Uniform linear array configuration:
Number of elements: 24
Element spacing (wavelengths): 1
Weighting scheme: binomial
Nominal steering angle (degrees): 60
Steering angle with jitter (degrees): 58.01
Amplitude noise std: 0.05
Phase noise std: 0.05

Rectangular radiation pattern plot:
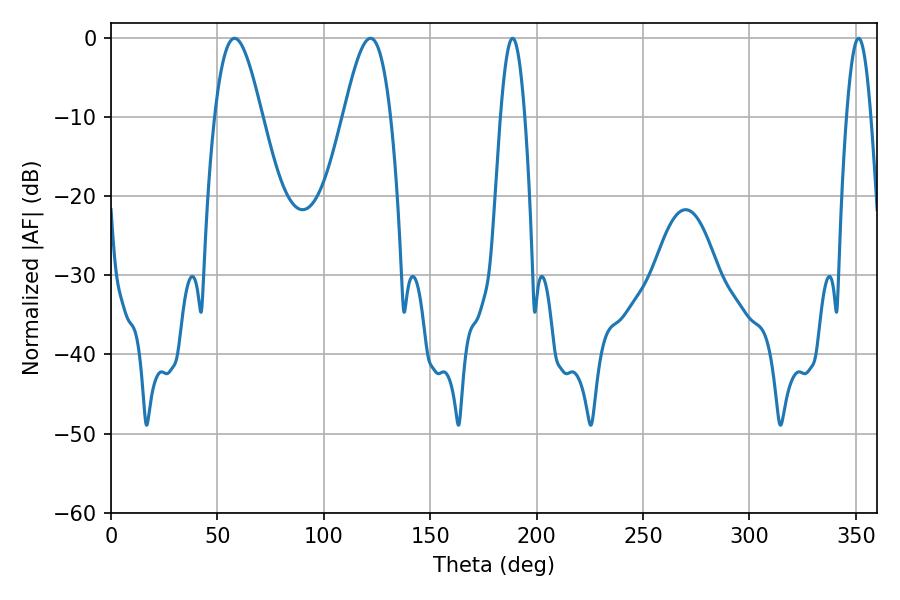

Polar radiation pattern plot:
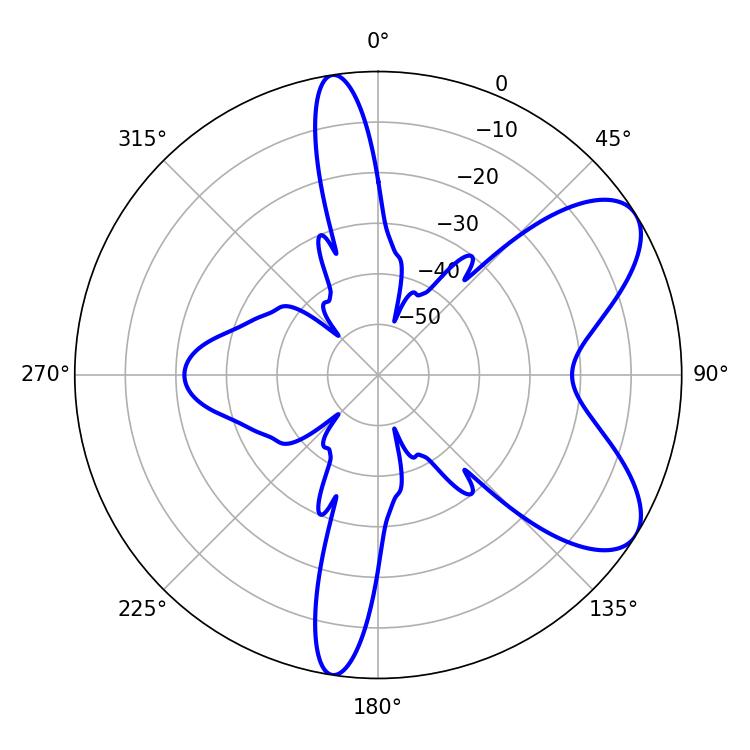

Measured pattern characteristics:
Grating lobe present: TRUE
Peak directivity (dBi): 7.482
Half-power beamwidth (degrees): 11.7
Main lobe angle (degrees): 58.14